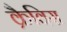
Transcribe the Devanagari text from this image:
क्रैविस